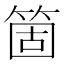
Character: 箇